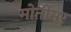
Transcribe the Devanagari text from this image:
मोर्तीमर